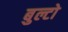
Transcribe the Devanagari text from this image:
बुल्टो